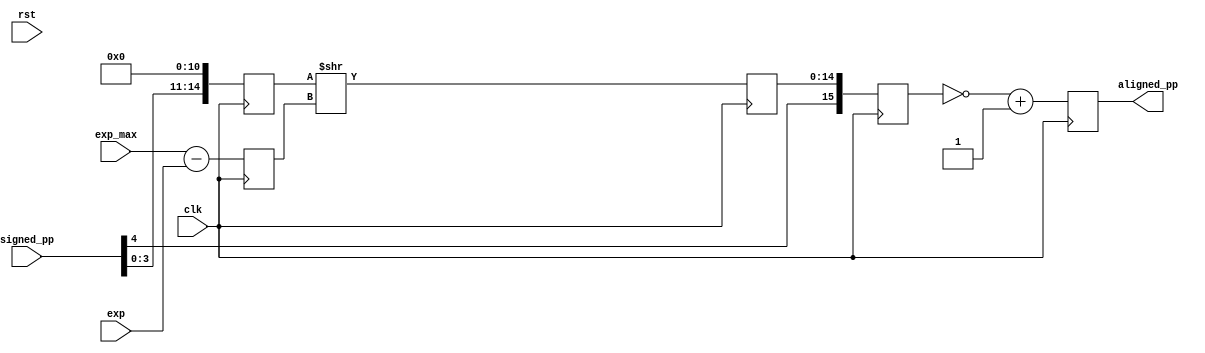
`timescale 1ns / 1ps
//////////////////////////////////////////////////////////////////////////////////
// Company: 
// Engineer: 
// 
// Design Name: 
// Module Name: alignment
// Project Name: 
// Target Devices: 
// Tool Versions: 
// Description: 
// 
// Dependencies: 
// 
// Revision:
// Revision 0.01 - File Created
// Additional Comments:
// 
//////////////////////////////////////////////////////////////////////////////////


`timescale 1ns / 1ps

module alignment(
input clk,
input rst,
input [4:0] exp,
input [4:0] exp_max, 
input [4:0] signed_pp,
output reg [15:0] aligned_pp );
reg [4:0] exp_diff;
reg [14:0] x;
reg [14:0] y;
reg [15:0] z;
//always @(posedge clk or negedge rst)begin 
//  if(!rst)begin
//   //x =1'b0;
//   //y =1'b0;
//   //z = 5'b00000;
//   //exp_diff = 5'b00000;
//   //aligned_pp = 15'h0000;
//  end
    
//end
always @(posedge clk)begin
    exp_diff <= exp_max - exp;
    x <= {signed_pp[3:0], 11'b0};
    y <= x >> exp_diff;
    z <= {signed_pp[4],y};
    aligned_pp <= ~z +1'b1;
end


endmodule